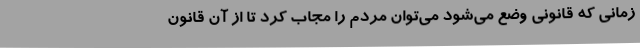
زمانی که قانونی وضع می‌شود می‌توان مردم را مجاب کرد تا از آن قانون